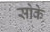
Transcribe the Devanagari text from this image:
सोके